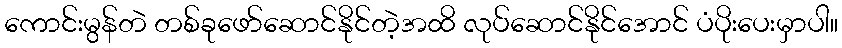
ကောင်းမွန်တဲ တစ်ခုဖော်ဆောင်နိုင်တဲ့အထိ လုပ်ဆောင်နိုင်အောင် ပံပိုးပေးမှာပါ။